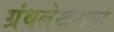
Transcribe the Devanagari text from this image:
ग्रंथलेखनाचा